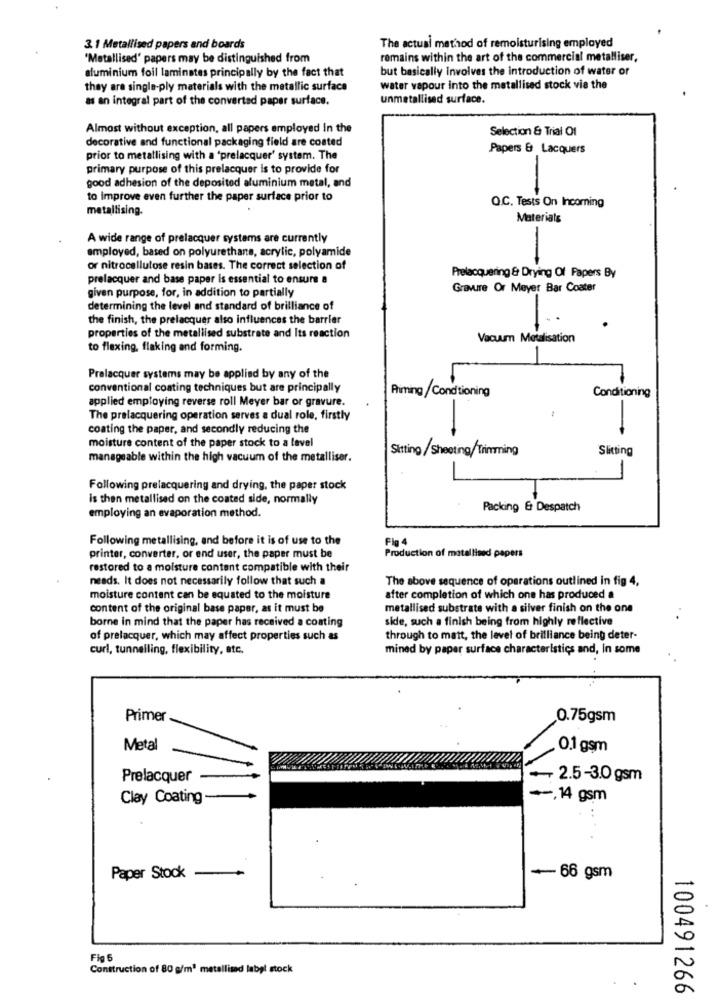
3. 1 Metallised papers and boards
The actual method of remoisturising employed
'Metallised' papers may be distinguished from
remains within the art of the commercial metalliser,
aluminium foil laminates principally by the fact that
but basically Involves the introduction of water or
they are single-ply materials with the metallic surface
water vapour into the metallised stock via the
as an integral part of the converted paper surface.
unmetallised surface.
Almost without exception, all papers employed In the
Selection & Trial Of
decorative and functional packaging field are coated
Papers & Lacquers
prior to metallising with a 'prelacquer' system. The
primary purpose of this prelacquer is to provide for
good adhesion of the deposited aluminium metal, and
to improve even further the paper surface prior to
Q.C. Tests On Incoming
metallising.
Materials
A wide range of prelacquer systems are currently
employed, based on polyurethane, acrylic, polyamide
or nitrocellulose resin bases. The correct selection of
prelacquer and base paper is essential to ensure a
Prelacquering & Drying Of Papers By
given purpose, for, in addition to partially
Gravure Or Meyer Bar Coater
determining the level and standard of brilliance of
the finish, the prelacquer also influences the barrier
properties of the metallised substrate and Its reaction
Vacuum Metalisation
to flexing, flaking and forming.
Pralacquer systems may be applied by any of the
conventional coating techniques but are principally
Aiming / Conditioning
Conditioning
applied employing reverse roll Meyer bar or gravure.
The prelacquering operation serves a dual role, firstly
8-
coating the paper, and secondly reducing the
moisture content of the paper stock to a level
Sitting/Sheeting/Trimming
Slitting
manageable within the high vacuum of the metalliser.
-
Following prelacquering and drying, the paper stock
is then metallised on the coated side, normally
Packing & Despatch
employing an evaporation method.
Following metallising, and before it is of use to the
Fig 4
Production of matallised papers
printer, converter, or end user, the paper must be
restored to a moisture content compatible with their
needs. It does not necessarily follow that such a
The above sequence of operations outlined in fig 4,
moisture content can be equated to the moisture
after completion of which one has produced a
content of the original base paper, as it must be
metallised substrate with a silver finish on the one
borne in mind that the paper has received a coating
side, such a finish being from highly reflective
of prelacquer, which may affect properties such as
through to matt, the level of brilliance being deter-
curl, tunnelling, flexibility, etc.
mined by paper surface characteristics and, in some
Primer
0.75gsm
Metal
0.1 gsm
Prelacquer
2.5-3.0 gsm
Clay Coating-
-, 14 gsm
Paper Stock
-
- 66 gsm
Fig 6
Construction of 80 g/m3 metallimd label stock
100491266